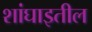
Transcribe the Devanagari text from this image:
शांघाइतील